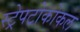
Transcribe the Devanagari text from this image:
स्ट्रेपटोकोकल